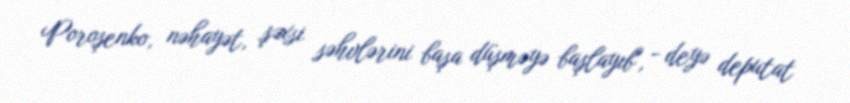
Poroşenko, nəhayət, şəxsi səhvlərini başa düşməyə başlayıb", - deyə deputat